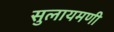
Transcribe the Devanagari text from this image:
सुलायमणी